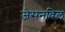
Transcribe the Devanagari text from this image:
जेसनविल